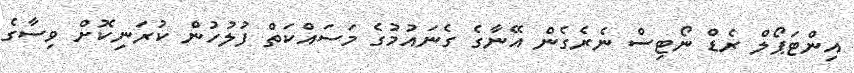
އިންޓަޕޯލް ރެޑް ނޯޓިސް ނެރެގެން އޭނާގެ ގެނައުމުގެ މަސައްކަތް ފުލުހުން ކުރަނިކޮށް ވިސާގެ